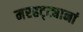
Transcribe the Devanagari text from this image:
मरहट्ट्यानां